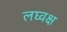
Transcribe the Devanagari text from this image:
लघ्वक्ष